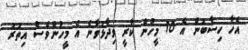
އެހާ ހިސާބުން އެ 10 މީހުން ކާރީ ވިދާޅުވާނެ އެ މީހުންވެސް އިތުރު